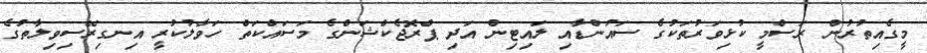
މީގެއިތުރުން ރަސްމީ ކުޅިވަރުތަކުގެ ސައުންޑާއި ލައިޓިން އަދި ޕްރޮޖެކްޝަންގެ މަސައްކަތް ހަވާލުކުރީ އިނގިރޭސިވިލާތުގެ